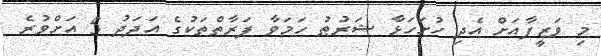
މި ވަޒީފާއަށް އެދި ހުށަހަޅާ ޝަރުޠު ހަމަވާ ފަރާތްތަކުގެ އަދަދު 5 އަށްވުރެ